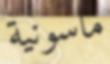
ماسونية